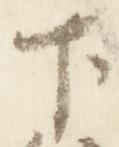
下